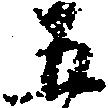
五